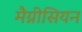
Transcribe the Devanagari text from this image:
मैग्नीसियन